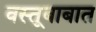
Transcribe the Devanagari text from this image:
वस्तूबाबात